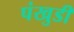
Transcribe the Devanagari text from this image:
पंखुडी